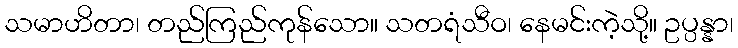
သမာဟိတာ၊ တည်ကြည်ကုန်သော။ သတရံသီဝ၊ နေမင်းကဲ့သို့။ ဥပ္ပန္နာ၊